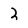
Character: 2